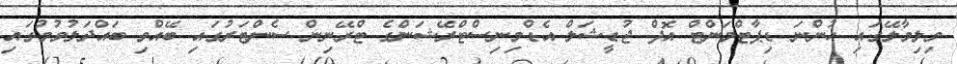
ވިލިމާލޭގައި ހުންނަ ޑިޕާޓްމަންޓް އޮފް ޖުޑީޝަލް އެޑްމިނިސްޓްރޭޝަންގެ ޓްރޭނިން ސެންޓަރުގައި ބޭއްވި ބައްދަލުވުމުގައި